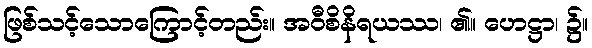
ဖြစ်သင့်သောကြောင့်တည်း။ အဝီစိနိရယဿ၊ ၏။ ဟေဋ္ဌာ၊ ၌။